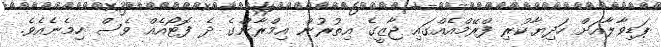
ޕަޑިވާލާއަށް ހަދިޔާކުރި ފްރޭމްއެއްގައި ޖާޒީގެ އިތުރުން އިމްރާންގެ ދެ ފޮޓޯއެއް ވެސް ހިމެނެއެވެ.